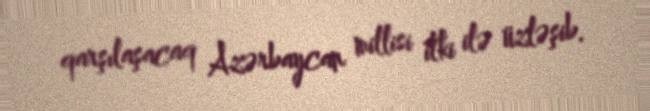
qarşılaşacaq Azərbaycan millisi itki ilə üzləşib.